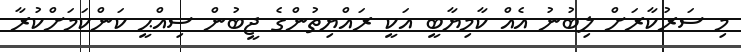
މި ސަރުކާރަށް ލިބުނު އެއް ކާމިޔާބީ އަކީ ރައްޔިތުންގެ ޖީބުން ސިއްޙީ ކަންކަމަށްކުރާ